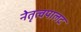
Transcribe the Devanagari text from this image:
नेतृत्वपालट